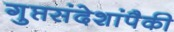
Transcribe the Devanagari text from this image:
गुप्तसंदेशांपैकी